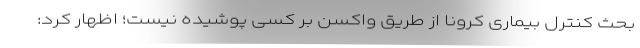
بحث کنترل بیماری کرونا از طریق واکسن بر کسی پوشیده نیست؛ اظهار کرد: